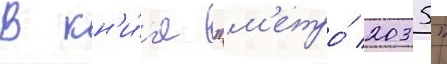
В кн'и́г'е "м'етро́ 2035"